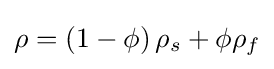
\rho =\left({1-\phi }\right){\rho _{s}}+\phi {\rho _{f}}